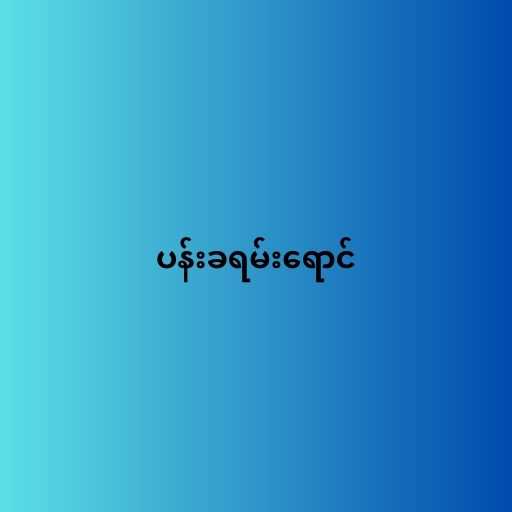
ပန်းခရမ်းရောင်